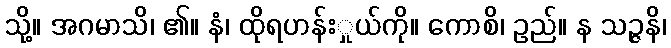
သို့။ အဂမာသိ၊ ၏။ နံ၊ ထိုရဟန်းှုယ်ကို။ ကောစိ၊ ဥည်။ န သဉ္ဇနိ၊